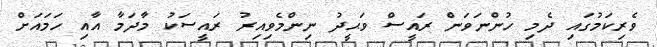
ވެރިކަމުގައި ދެމި ހުންނަވަން ރައީސް ވަޙީދު ނިންމެވިއިރު ރައީސަކު މާދަމާ އާއި ހަމައަށް